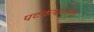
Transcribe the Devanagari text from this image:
पटकथालेख